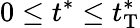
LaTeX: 0\leq t^{*}\leq t_{\mathrm{T}}^{*}